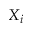
X _ { i }